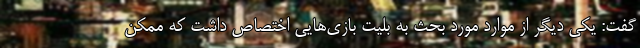
گفت: یکی دیگر از موارد مورد بحث به بلیت بازی‌هایی اختصاص داشت که ممکن